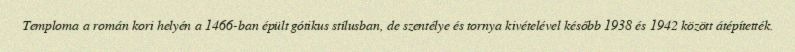
Temploma a román kori helyén a 1466-ban épült gótikus stílusban, de szentélye és tornya kivételével később 1938 és 1942 között átépítették.